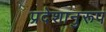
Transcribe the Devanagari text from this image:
प्रदेशानुरूप